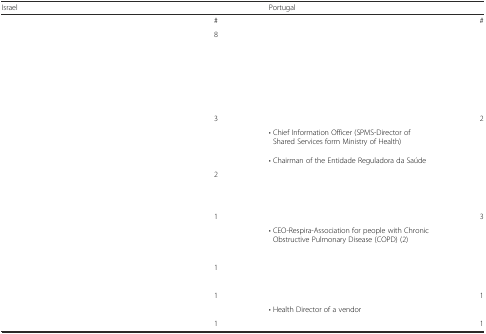
<table><thead><tr><td colspan="2"><b>Israel</b></td><td colspan="2"><b>Portugal</b></td></tr></thead><tbody><tr><td>[EMPTY_CELL]</td><td>#</td><td>[EMPTY_CELL]</td><td>#</td></tr><tr><td>[EMPTY_CELL]</td><td rowspan="6">8</td><td rowspan="6">[EMPTY_CELL]</td><td rowspan="6">[EMPTY_CELL]</td></tr><tr><td>[EMPTY_CELL]</td></tr><tr><td>[EMPTY_CELL]</td></tr><tr><td>[EMPTY_CELL]</td></tr><tr><td>[EMPTY_CELL]</td></tr><tr><td>[EMPTY_CELL]</td></tr><tr><td>[EMPTY_CELL]</td><td rowspan="4">3</td><td>[EMPTY_CELL]</td><td rowspan="4">2</td></tr><tr><td>[EMPTY_CELL]</td><td rowspan="2">• Chief Information Officer (SPMS-Director of Shared Services form Ministry of Health)</td></tr><tr><td>[EMPTY_CELL]</td></tr><tr><td>[EMPTY_CELL]</td><td>• Chairman of the Entidade Reguladora da Saúde</td></tr><tr><td>[EMPTY_CELL]</td><td rowspan="3">2</td><td rowspan="3">[EMPTY_CELL]</td><td rowspan="3">[EMPTY_CELL]</td></tr><tr><td>[EMPTY_CELL]</td></tr><tr><td>[EMPTY_CELL]</td></tr><tr><td>[EMPTY_CELL]</td><td rowspan="3">1</td><td>[EMPTY_CELL]</td><td rowspan="3">3</td></tr><tr><td rowspan="2">[EMPTY_CELL]</td><td>• CEO-Respira-Association for people with Chronic Obstructive Pulmonary Disease (COPD) (2)</td></tr><tr><td>[EMPTY_CELL]</td></tr><tr><td>[EMPTY_CELL]</td><td rowspan="2">1</td><td rowspan="2">[EMPTY_CELL]</td><td rowspan="2">[EMPTY_CELL]</td></tr><tr><td>[EMPTY_CELL]</td></tr><tr><td>[EMPTY_CELL]</td><td rowspan="2">1</td><td>[EMPTY_CELL]</td><td rowspan="2">1</td></tr><tr><td>[EMPTY_CELL]</td><td>• Health Director of a vendor</td></tr><tr><td>[EMPTY_CELL]</td><td>1</td><td>[EMPTY_CELL]</td><td>1</td></tr></tbody></table>